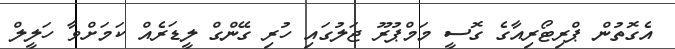
އެގޮތުން ޕްރިޓޯރިއާގެ ގޮސީ މަމްޕުރޫ ޖަލުގައި ހުރި ގޭންގް ލީޑަރެއް ކަމަށްވާ ހަލީލް